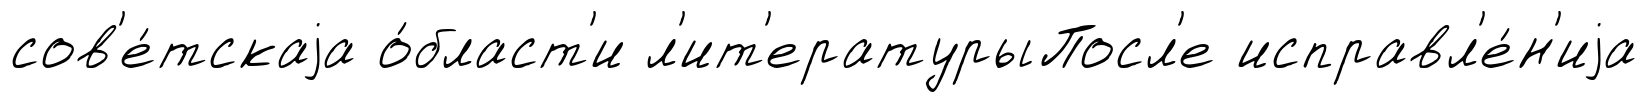
сов'е́тскаjа о́бласт'и л'ит'ературыПосл'е исправл'е́н'иjа